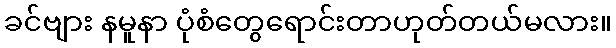
ခင်ဗျား နမူနာ ပုံစံတွေရောင်းတာဟုတ်တယ်မလား။